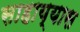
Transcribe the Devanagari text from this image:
साहाय्यास